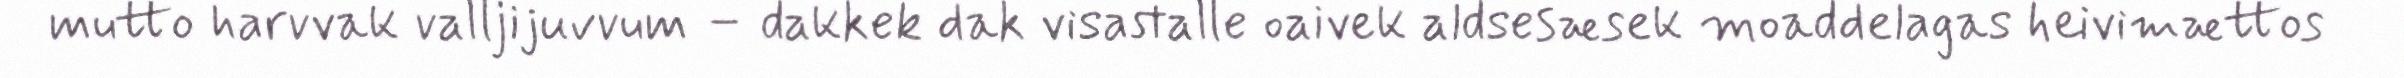
mutto harvvak valljijuvvum – dakkek dak visastalle oaivek aldsesæsek moaddelagas heivimættos